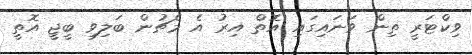
ވިކްޓަރީ ތިން ވަނައިގައި އޮތް އިރު އެ މެޗުން ބަލިވި ބީޖީ އޮތީ